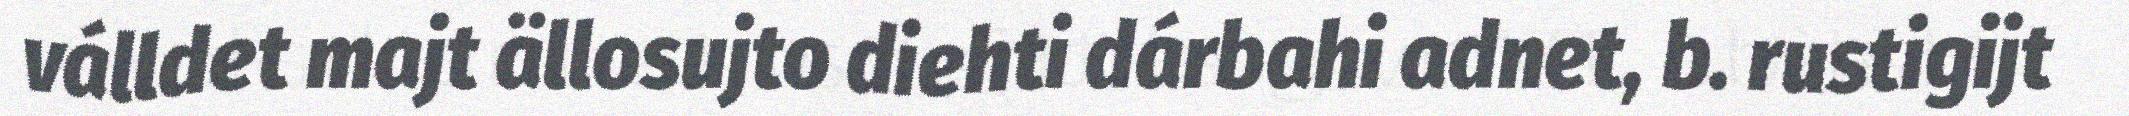
válldet majt ällosujto diehti dárbahi adnet, b. rustigijt